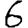
Digit: 6